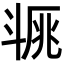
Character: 𣁿